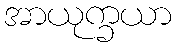
အာယုက္ခယာ